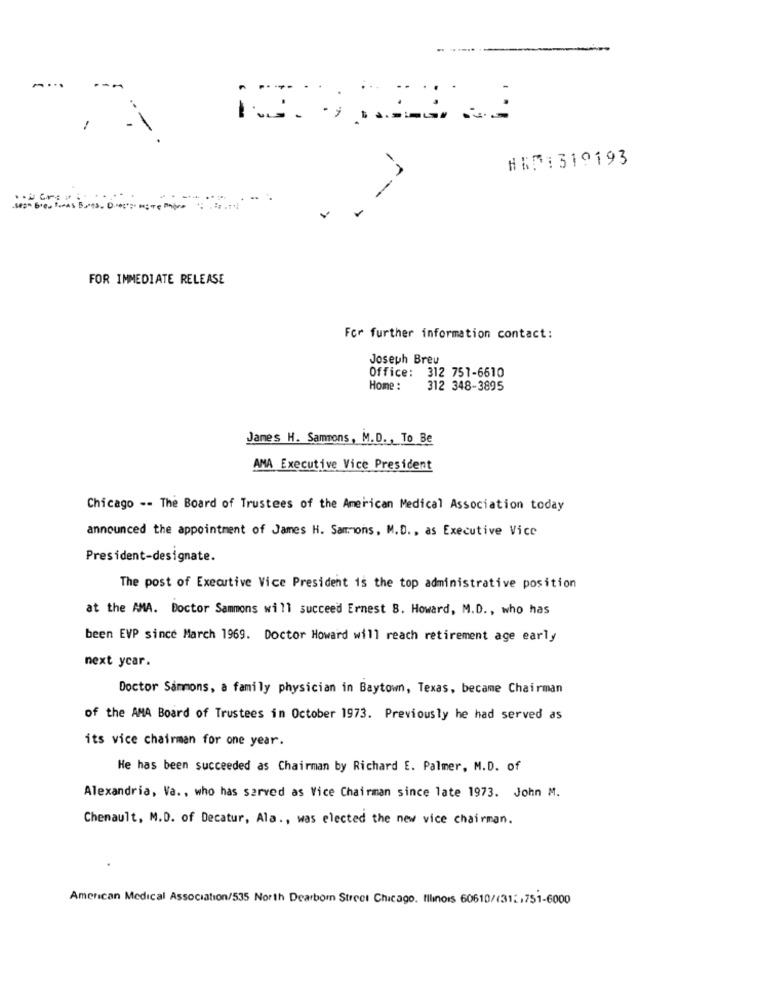
HEM:319193
FOR IMMEDIATE RELEASE
For further information contact:
Joseph Breu
Office: 312 751-6610
Home :
312 348-3895
James H. Sammons, M.D ., To Be
AMA Executive Vice President
Chicago -- The Board of Trustees of the American Medical Association today
announced the appointment of James H. Sammons, M.D ., as Executive Vice
President-designate.
The post of Executive Vice President is the top administrative position
at the AMA. Doctor Sammons will succeed Ernest B. Howard, M.D ., who has
been EVP since March 1969. Doctor Howard will reach retirement age early
next year.
Doctor Sammons, a family physician in Baytown, Texas, became Chairman
of the AMA Board of Trustees in October 1973. Previously he had served as
its vice chairman for one year.
He has been succeeded as Chairman by Richard E. Palmer, M.D. of
Alexandria, Va ., who has served as Vice Chairman since late 1973. John M.
Chenault, M.D. of Decatur, Ala ., was elected the new vice chairman.
American Medical Association/535 North Dearborn Street Chicago. filinors 60610/(312,751-6000